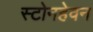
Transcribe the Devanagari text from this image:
स्टोनहेवन